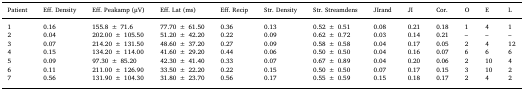
<table><thead><tr><td><b>Patient</b></td><td><b>Eff. Density</b></td><td><b>Eff. Peakamp (μV)</b></td><td><b>Eff. Lat (ms)</b></td><td><b>Eff. Recip</b></td><td><b>Str. Density</b></td><td><b>Str. Streamdens</b></td><td><b>JIrand</b></td><td><b>JI</b></td><td><b>Cor.</b></td><td><b>O</b></td><td><b>E</b></td><td><b>L</b></td></tr></thead><tbody><tr><td>1</td><td>0.16</td><td>155.8 ± 71.6</td><td>77.70 ± 61.50</td><td>0.36</td><td>0.13</td><td>0.52 ± 0.51</td><td>0.08</td><td>0.21</td><td>0.18</td><td>1</td><td>4</td><td>1</td></tr><tr><td>2</td><td>0.04</td><td>202.00 ± 105.50</td><td>51.20 ± 42.20</td><td>0.22</td><td>0.09</td><td>0.62 ± 0.72</td><td>0.03</td><td>0.14</td><td>0.21</td><td>–</td><td>–</td><td>–</td></tr><tr><td>3</td><td>0.07</td><td>214.20 ± 131.50</td><td>48.60 ± 37.20</td><td>0.27</td><td>0.09</td><td>0.58 ± 0.58</td><td>0.04</td><td>0.17</td><td>0.05</td><td>2</td><td>4</td><td>12</td></tr><tr><td>4</td><td>0.15</td><td>134.20 ± 114.00</td><td>41.60 ± 29.20</td><td>0.44</td><td>0.06</td><td>0.50 ± 0.50</td><td>0.04</td><td>0.16</td><td>0.07</td><td>6</td><td>6</td><td>6</td></tr><tr><td>5</td><td>0.09</td><td>97.30 ± 85.20</td><td>42.30 ± 41.40</td><td>0.33</td><td>0.07</td><td>0.67 ± 0.89</td><td>0.04</td><td>0.20</td><td>0.06</td><td>2</td><td>10</td><td>4</td></tr><tr><td>6</td><td>0.11</td><td>211.00 ± 126.90</td><td>33.50 ± 22.20</td><td>0.22</td><td>0.15</td><td>0.50 ± 0.50</td><td>0.07</td><td>0.17</td><td>0.15</td><td>3</td><td>10</td><td>2</td></tr><tr><td>7</td><td>0.56</td><td>131.90 ± 104.30</td><td>31.80 ± 23.70</td><td>0.56</td><td>0.17</td><td>0.55 ± 0.59</td><td>0.15</td><td>0.18</td><td>0.17</td><td>2</td><td>4</td><td>2</td></tr></tbody></table>